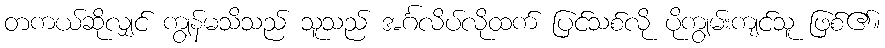
တကယ်ဆိုလျှင် ကျွန်မသိသည် သူသည် အင်္ဂလိပ်လိုထက် ပြင်သစ်လို ပိုကျွမ်းကျင်သူ ဖြစ်၏။